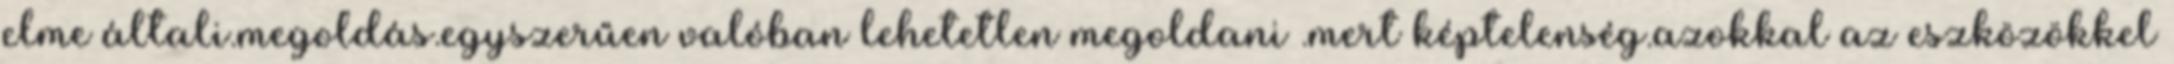
elme általi.megoldás.egyszerűen valóban lehetetlen megoldani .mert képtelenség.azokkal az eszközökkel